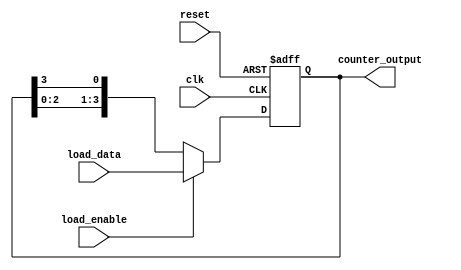
module loadable_ring_counter #(
    parameter N = 4  // Number of bits in the counter
)(
    input wire clk,                 // Clock signal
    input wire reset,               // Asynchronous reset
    input wire load_enable,         // Load enable signal
    input wire [N-1:0] load_data,   // Data to load into the counter
    output reg [N-1:0] counter_output // Current state of the ring counter
);

    // Internal signal to hold the next state
    reg [N-1:0] next_state;

    // Combinational logic to determine the next state
    always @(*) begin
        if (load_enable) begin
            next_state = load_data; // Load new data if load_enable is high
        end else begin
            next_state = {counter_output[N-2:0], counter_output[N-1]}; // Shift right
        end
    end

    // Sequential logic for the counter
    always @(posedge clk or posedge reset) begin
        if (reset) begin
            counter_output <= {N{1'b0}}; // Reset all flip-flops to 0
        end else begin
            counter_output <= next_state; // Update the counter state
        end
    end

endmodule